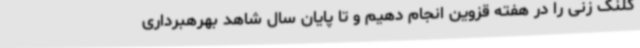
کلنگ زنی را در هفته قزوین انجام دهیم و تا پایان سال شاهد بهرهبرداری